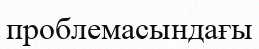
проблемасындағы